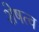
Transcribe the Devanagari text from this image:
शेषत्व